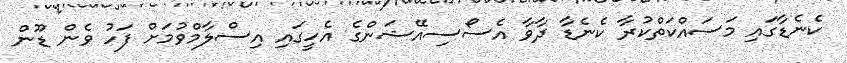
ކެނެޑާގައި މަސައްކަތްކުރާ ކެނެޑާ ދާވާ އެސޯސިއޭޝަންގެ އެހީގައި އިސްލާމްވުމަށް ފަހު ވެން ޑޫން